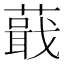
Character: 蕺